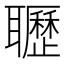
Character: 𦘊